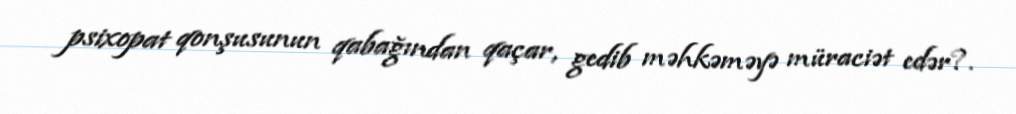
psixopat qonşusunun qabağından qaçar, gedib məhkəməyə müraciət edər?.